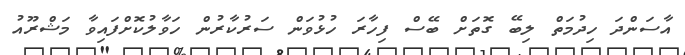
އާސަންދަ ހިދުމަތް ލިބޭ ގޮތަށް ބޭސް ފިހާރަ ހުޅުވަން ސަރުކާރުން ހަވާލުކޮށްފައިވާ މަޝްރޫއު